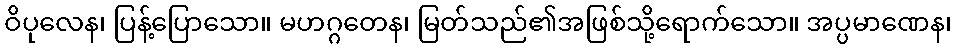
ဝိပုလေန၊ ပြန့်ပြောသော။ မဟဂ္ဂတေန၊ မြတ်သည်၏အဖြစ်သို့ရောက်သော။ အပ္ပမာဏေန၊